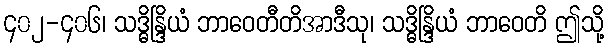
၄၀၂-၄၀၆၊ သဒ္ဓိန္ဒြိယံ ဘာဝေတီတိအာဒီသု၊ သဒ္ဓိန္ဒြိယံ ဘာဝေတိ ဤသို့